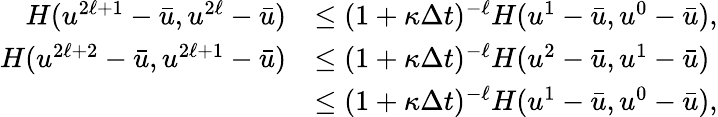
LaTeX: \begin{array}{rl}{H(u^{2\ell+1}-\bar{u},u^{2\ell}-\bar{u})}&{\le(1+\kappa\Delta t)^{-\ell}H(u^{1}-\bar{u},u^{0}-\bar{u}),}\\ {H(u^{2\ell+2}-\bar{u},u^{2\ell+1}-\bar{u})}&{\le(1+\kappa\Delta t)^{-\ell}H(u^{2}-\bar{u},u^{1}-\bar{u})}\\ &{\le(1+\kappa\Delta t)^{-\ell}H(u^{1}-\bar{u},u^{0}-\bar{u}),}\end{array}